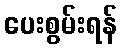
ပေးစွမ်းရန်